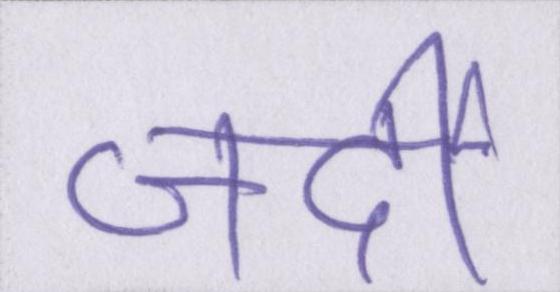
जर्दी